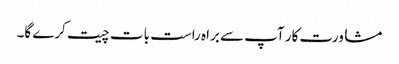
مشاورت کار آپ سے براہ راست بات چیت کرے گا۔